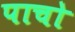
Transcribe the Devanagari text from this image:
पाचो